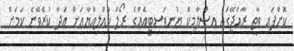
ކޮށްފައި ވާތީ ރާއްޖޭގައި އިސްލާމިކް ޔުނިވަސިޓީއެއްގެ ރޯލް ކުއްލިއްޔާއަށް އަދާ ކުރެވޭނެ ކަމަށް